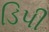
ડિપી